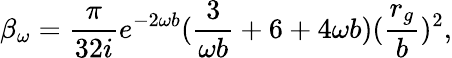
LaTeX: \beta_{\omega}=\frac{\pi}{32i}e^{-2\omega b}(\frac{3}{\omega b}+6+4\omega b)(\frac{r_{g}}{b})^{2},